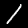
Label: 1